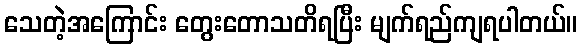
သေတဲ့အကြောင်း တွေးတောသတိရပြီး မျက်ရည်ကျရပါတယ်။